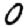
Digit: 0